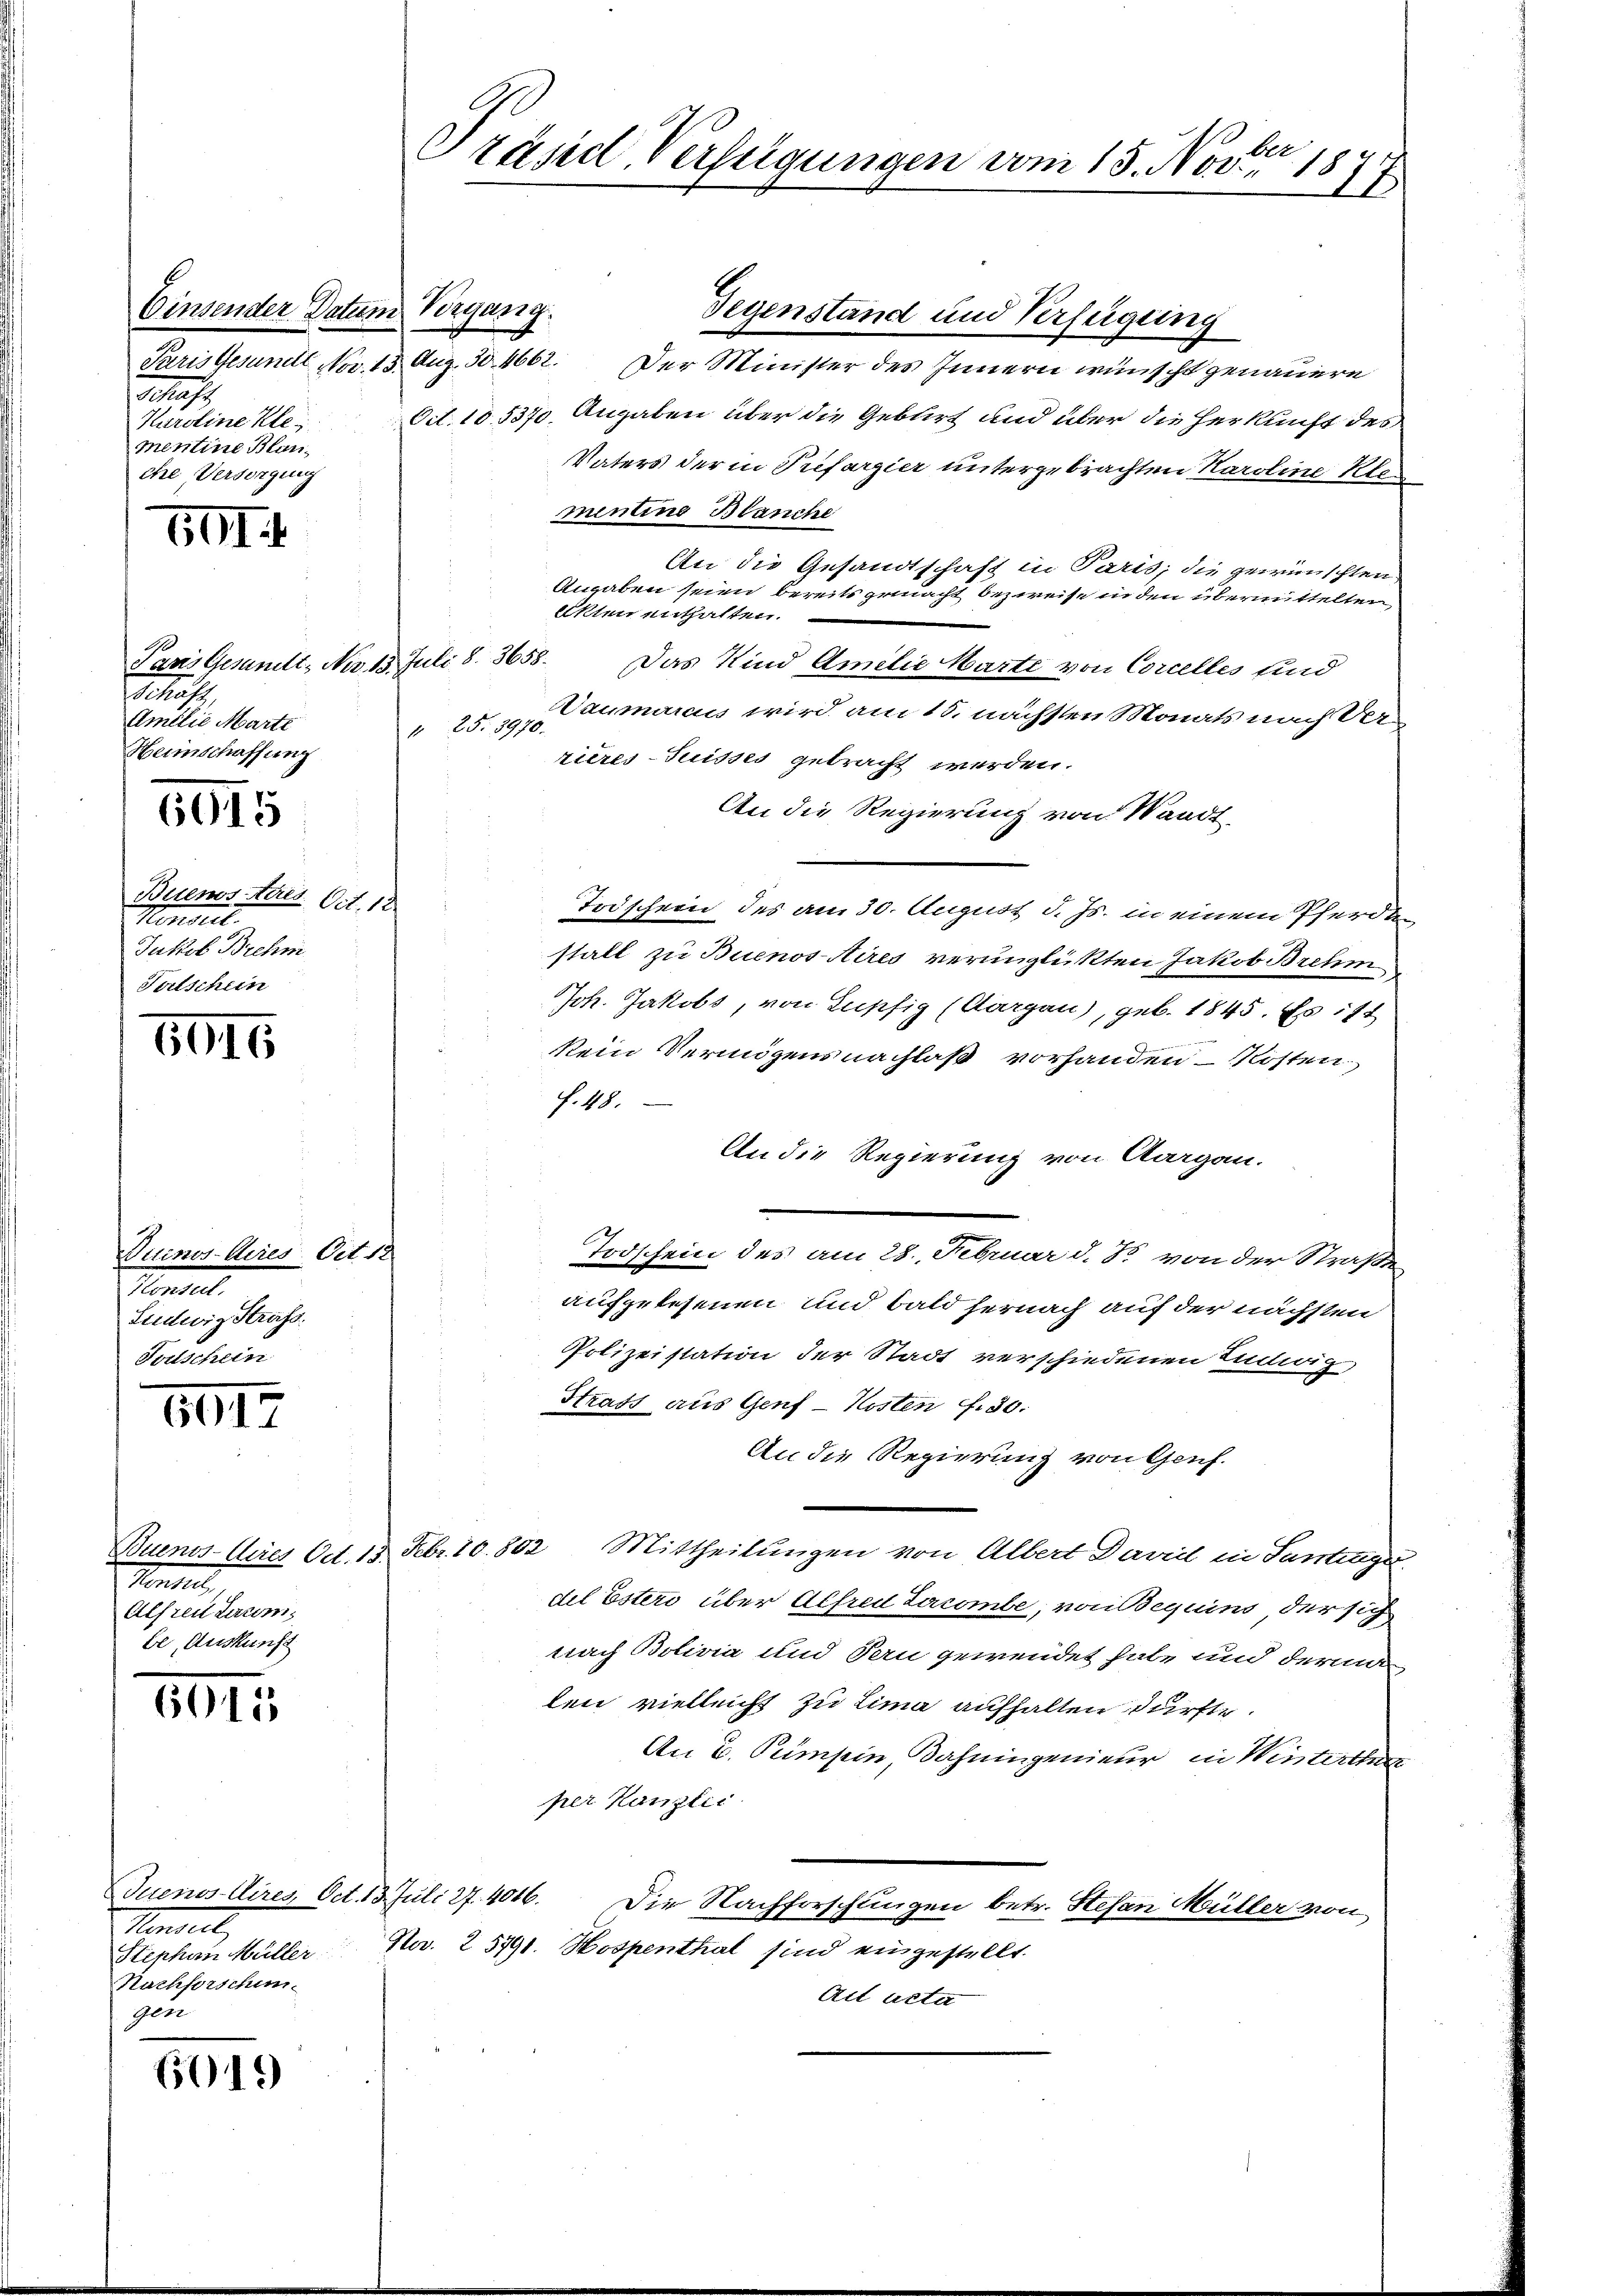
Einsender Datum Vorgang.
Schaft
Karoline Klei
mentine Blanche, Versorgung

GII

6015

5015

Vuinos Aires Ort. 12
Pendet.
Siudwig Strafs
Forschein

6017

8015

Mantel,
Stephan Müller.
Nachforschen.
Gere

601.

Träsd Verfügungen vom 15. Nov. 1877

Paris Gesandt, Nr. 15. Juli S. 3658.
t
Amilie Marte
Heimschaffung
Buenos Aares. Oct. 12
Hendet.
Jakob Brehm
Totschein

Tantel
Alfrei Laron
be, Auskunft

Gegenstand und Verfügung
Paris Gesundt Nov. 15 Aug. 30. 4662. Der Minister des Innern wünscht genauere
Oct. 105370 Angaben über die Geblirt und über die Herkunft des
Vaters der in Trefarzier untergebrachten Karoline Kle
mentino Blanche
An die Gesandtschaft in Paris; die gewünschten
Angaben seien bereits gemacht bezweise in den übermittelten
Akten enthalten.
Das Kind Amilie Marte von Corcelles und
Daumaraus wird am 18. nächsten Monats nach Ver¬
 Ao. 1890.
rieres-Tuisses gebracht werden.
An die Regierung von Waadt
Todschein des am 30. August d. Js. in einem Pferden
stalt zu Buenos Aires veringlickten Jakob Brehm
Joh. Jakobs, von Lupfig (Aargau), geb. 1845. Es ist
enen
kein Vermögens nachlaß vorhanden – kosten
J. 48.
An die Regierung von Aargau.
Todschein der am 20. Februar d. 15. von der Straße
aufgelesenen und bald hernach auf der nächsten
Polizeistation der Stadt verschiedenen Endwitz
Strass aus Genf - Kosten f. 30.
An die Regierung von Genf.
Buenos Aires Od. 15. Febr. 10. 802. Mittheilungen von Albert Davel in Santingu-
del Ester über Alfred Lacombe, von Beguins, der sich
nach Bolivia und Fern gewendet habe und derin
len vielleicht zu Lima aufhalten dürfte.
An E. Pumpin, Bahningenieur in Winterthei
per Kanzlic
Juenos Aires, Oct. 13. Juli 27. 4016. Die Nachforschungen betr. Stefan Müller von
Na. 25791. Hospenthal sind eingestellt.
Ait acta